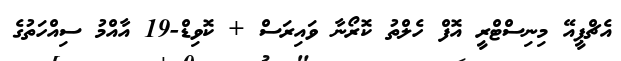
އެޗްޕީއޭ މިނިސްޓްރީ އޮފް ހެލްތު ކޮރޯނާ ވައިރަސް + ކޮވިޑް-19 އާއްމު ސިއްހަތުގެ